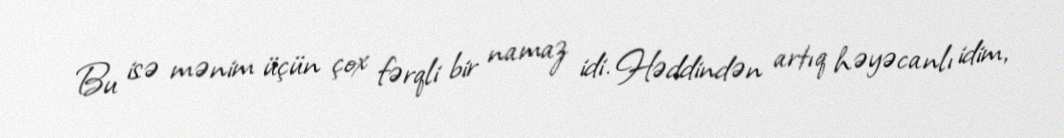
Bu isə mənim üçün çox fərqli bir namaz idi. Həddindən artıq həyəcanlı idim,